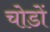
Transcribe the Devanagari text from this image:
चोडों